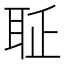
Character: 𦕖